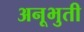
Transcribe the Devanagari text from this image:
अनूभुती